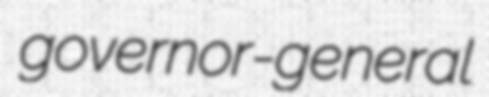
governor-general